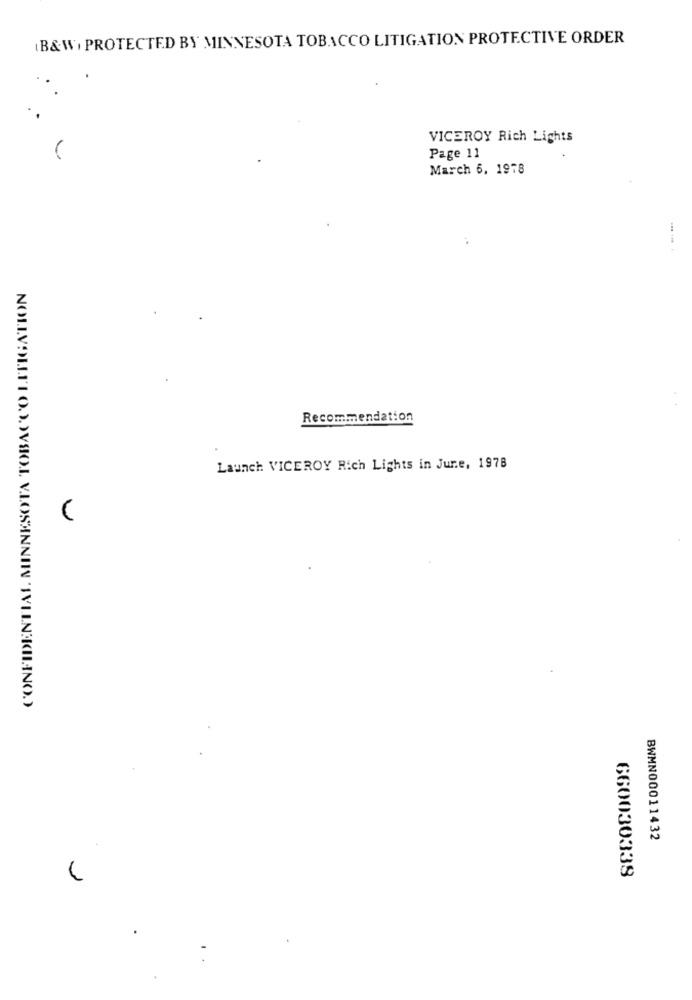
(B&W, PROTECTED BY MINNESOTA TOBACCO LITIGATION PROTECTIVE ORDER
VICEROY Rich Lights
Page 11
March 6, 1978
Recommendation
Launch VICEROY Rich Lights in June, 1978
BWMN00011432
660030339